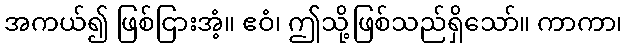
အကယ်၍ ဖြစ်ငြားအံ့။ ဧဝံ၊ ဤသို့ဖြစ်သည်ရှိသော်။ ကာကာ၊